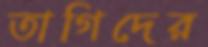
তাগিদের